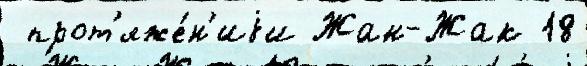
 прот'яже́н'иjи Жан-Жак 18